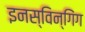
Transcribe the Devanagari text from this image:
इनस्विन्गिंग